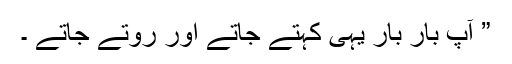
” آپ بار بار یہی کہتے جاتے اور روتے جاتے ۔